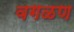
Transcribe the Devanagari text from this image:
वगळण